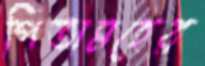
পিতামহের